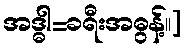
အဒ္ဓါ=ခရီးအဓွန့်၊၊]